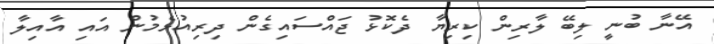
އޭނާ ބުނީ ލިބޭ ލާރިން ކިރިޔާ ދެކޮޅު ޖައްސައިގެން ދިރިއުޅެމުން އައި އާއިލާ